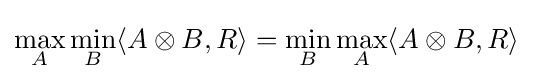
\max _{A}\min _{B}\langle A\otimes B,R\rangle =\min _{B}\max _{A}\langle A\otimes B,R\rangle